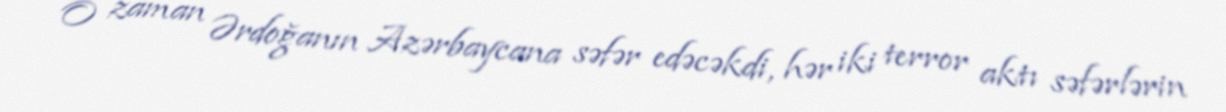
O zaman Ərdoğanın Azərbaycana səfər edəcəkdi, hər iki terror aktı səfərlərin